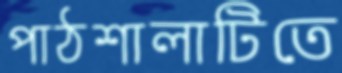
পাঠশালাটিতে